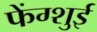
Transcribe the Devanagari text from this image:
फेंग्शुई